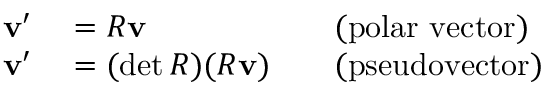
\begin{array} { r l r l } { \mathbf { v } ^ { \prime } } & { { } = R \mathbf { v } } & { } & { { } { \mathrm { ( p o l a r ~ v e c t o r ) } } } \\ { \mathbf { v } ^ { \prime } } & { { } = ( \operatorname* { d e t } R ) ( R \mathbf { v } ) } & { } & { { } { \mathrm { ( p s e u d o v e c t o r ) } } } \end{array}